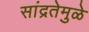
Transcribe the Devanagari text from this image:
सांद्रतेमुळे